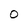
Character: O